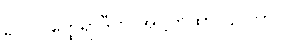
ဥပါလိတ္ထေရာဒီဟိ အဋ္ဌကထာ ဌပိတာ။